Report on the nature of kala-azar
Disease focus: Kala-Azar
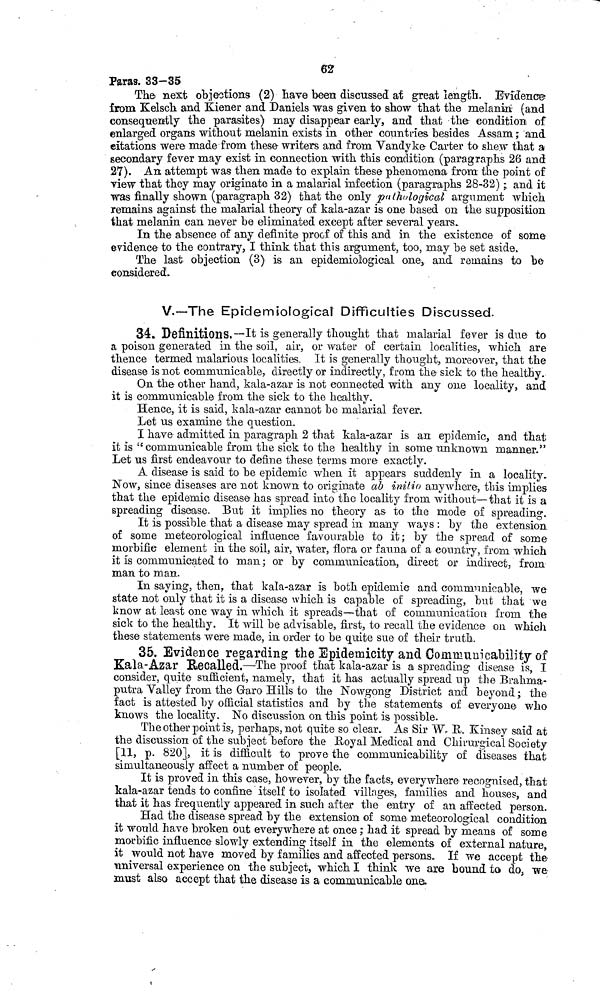
62
Paras. 33-35
The next objections (2) have been discussed at great length. Evidence
from Kelsch and Kiener and Daniels was given to show that the melanin (and
consequently the parasites) may disappear early, and that the condition of
enlarged organs without melanin exists in other countries besides Assam ; and
citations were made from these writers and from Vandyke Carter to shew that a
secondary fever may exist in connection with this condition (paragraphs 26 and
27). An attempt was then made to explain these phenomena from the point of
view that they may originate in a malarial infection (paragraphs 28-32) ; and it
was finally shown (paragraph 32) that the only pathological argument which
remains against the malarial theory of kala-azar is one based on the supposition
that melanin can never be eliminated except after several years.
In the absence of any definite proof or this and in the existence of some
evidence to the contrary, I think that this argument, too, may be set aside.
The last objection (3) is an epidemiological one, and remains to be
considered.
V.—The Epidemiological Difficulties Discussed.
34. Definitions.—It is generally thought that malarial fever is due to
a poison generated in the soil, air, or water of certain localities, which are
thence termed malarious localities. It is generally thought, moreover, that the
disease is not communicable, directly or indirectly, from the sick to the healthy.
On the other hand, kala-azar is not connected with any one locality, and
it is communicable from the sick to the healthy.
Hence, it is said, kala-azar cannot be malarial fever.
Let us examine the question.
I have admitted in paragraph 2 that kala-azar is an epidemic, and that
it is "communicable from the sick to the healthy in some unknown manner."
Let us first endeavour to define these ternis more exactly.
A disease is said to be epidemic when it appears suddenly in a locality.
Now, since diseases are not known to originate ab initio anywhere, this implies
that the epidemic disease has spread into the locality from without—that it is a
spreading disease. But it implies no theory as to the mode of spreading.
It is possible that a disease may spread in many ways : by the extension
of some meteorological influence favourable to it; by the spread of some
morbific element in the soil, air, water, flora or fauna of a country, from which
it is communicated to man ; or by communication, direct or indirect, from
man to man.
In saying, then, that kala-azar is both epidemic and communicable, we
state not only that it is a disease which is capable of spreading, but that we
know at least one way in which it spreads—that of communication from the
sick to the healthy. It will be advisable, first, to recall the evidence on which
these statements were made, in order to be quite sue of their truth.
35. Evidence regarding the Epidemicity and Communicability of
Kala-Azar Recalled.—The proof that kala-azar is a spreading disease is, I
consider, quite sufficient, namely, that it has actually spread up the Brahma-
putra Valley from the Garo Hills to the Nowgong District and beyond ; the
fact is attested by official statistics and by the statements of everyone who
knows the locality. No discussion on this point is possible.
The other point is, perhaps, not quite so clear. As Sir W. R. Kinsey said at
the discussion of the subject before the Royal Medical and Chirurgical Society
[11, p. 820], it is difficult to prove the communicability of diseases that
simultaneously affect a number of people.
It is proved in this case, however, by the facts, everywhere recognised, that
kala-azar tends to confine itself to isolated villages, families and houses, and
that it has frequently appeared in such after the entry of an affected person.
Had the disease spread by the extension of some meteorological condition
it would have broken out everywhere at once ; had it spread by means of some
morbific influence slowly extending itself in the elements of external nature,
it would not have moved by families and affected persons. If we accept the
universal experience on the subject, which I think we are bound to do, we
must also accept that the disease is a communicable one.